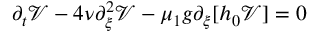
\partial _ { t } \mathcal { V } - 4 \nu \partial _ { \xi } ^ { 2 } \mathcal { V } - \mu _ { 1 } g \partial _ { \xi } [ h _ { 0 } \mathcal { V } ] = 0